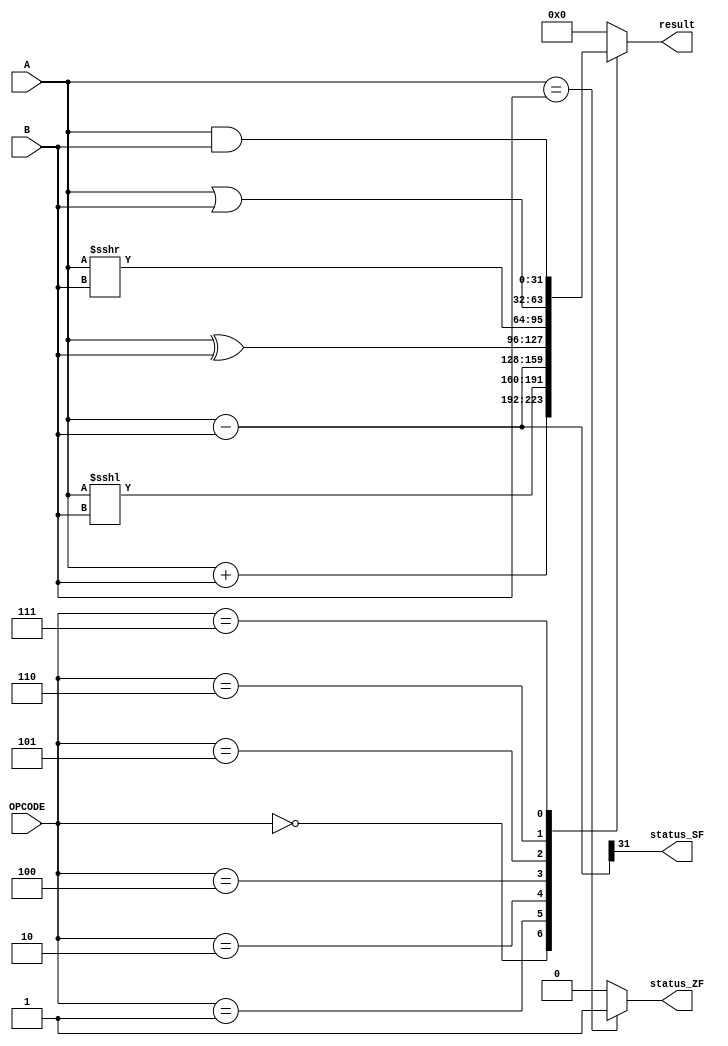
module ALU_32
(  
input wire [31:0] A,B,
input wire [2:0] OPCODE,
output reg [31:0] result,
output wire status_SF,status_ZF
);
wire [32:0] carry;
wire [31:0] sign;
assign carry ={1'b0,A}+{1'b0,B};
assign status_CF=carry[32];
assign sign =A-B;
assign status_SF=sign[31];
always@(*)
begin
case(OPCODE)
3'b000: result= A+B;
3'b001: result= A<<<B;
3'b010: result= A-B;
3'b100: result= A^B;
3'b101: result= A>>>B;
3'b110: result= (A|B);
3'b111: result= (A&B);
default: result=0;
endcase
end
assign status_ZF=(A==B)?1'b1:1'b0;
endmodule